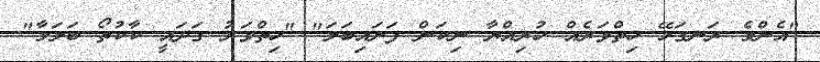
"އެންމެ ރަނގަޅޭ ހިތްވަރެއް ހުރިއްޔާ ނިކަން ފަށައިބަލަ" "ހިތްވަރު ގަދައީ ކާކުތޯ ބަލަމާ"